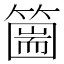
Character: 𥳙